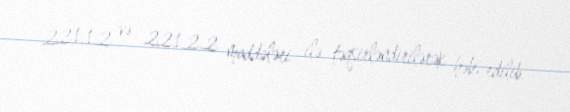
221.1.2 və 221.2.2 maddələri ilə təqsirləndirilərək həbs edilib.